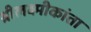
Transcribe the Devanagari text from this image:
श्रीलक्ष्मीकांता